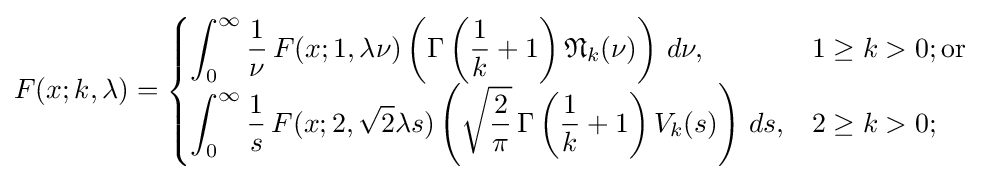
F(x;k,\lambda )={\begin{cases}\displaystyle \int _{0}^{\infty }{\frac {1}{\nu }}\,F(x;1,\lambda \nu )\left(\Gamma \left({\frac {1}{k}}+1\right){\mathfrak {N}}_{k}(\nu )\right)\,d\nu ,&1\geq k>0;{\text{or }}\\\displaystyle \int _{0}^{\infty }{\frac {1}{s}}\,F(x;2,{\sqrt {2}}\lambda s)\left({\sqrt {\frac {2}{\pi }}}\,\Gamma \left({\frac {1}{k}}+1\right)V_{k}(s)\right)\,ds,&2\geq k>0;\end{cases}}